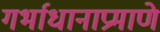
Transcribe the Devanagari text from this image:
गर्भाधानाप्रमाणे